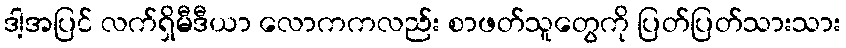
ဒါ့အပြင် လက်ရှိမီဒီယာ လောကကလည်း စာဖတ်သူတွေကို ပြတ်ပြတ်သားသား